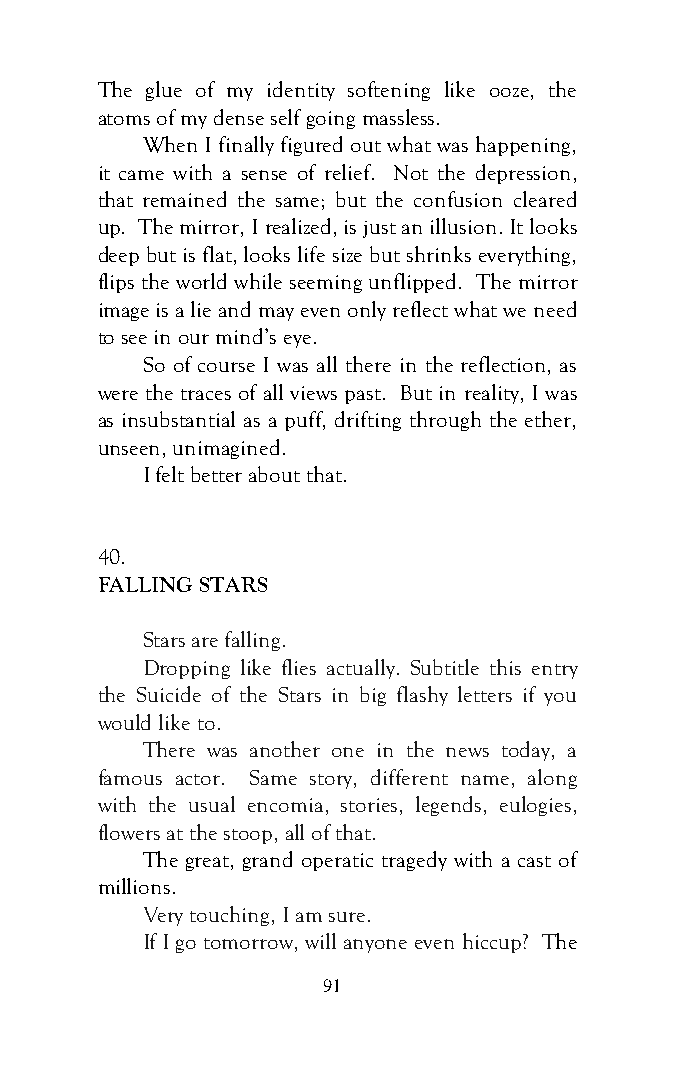
The glue of my identity softening like ooze, the
 atoms of my dense self going massless.
 When I finally figured out what was happening,
 it came with a sense of relief. Not the depression,
 that remained the same; but the confusion cleared
 up. The mirror, I realized, is just an illusion. It looks
 deep but is flat, looks life size but shrinks everything,
 flips the world while seeming unflipped. The mirror
 image is a lie and may even only reflect what we need
 to see in our mind’s eye.
 So of course I was all there in the reflection, as
 were the traces of all views past. But in reality, I was
 as insubstantial as a puff, drifting through the ether,
 unseen, unimagined.
 I felt better about that.
 40.
 FALLING STARS
 Stars are falling.
 Dropping like flies actually. Subtitle this entry
 the Suicide of the Stars in big flashy letters if you
 would like to.
 There was another one in the news today, a
 famous actor. Same story, different name, along
 with the usual encomia, stories, legends, eulogies,
 flowers at the stoop, all of that.
 The great, grand operatic tragedy with a cast of
 millions.
 Very touching, I am sure.
 If I go tomorrow, will anyone even hiccup? The
 91